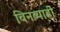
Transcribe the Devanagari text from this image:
बिनब्याही